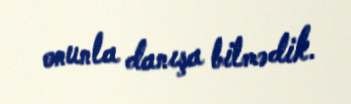
onunla danışa bilmədik.